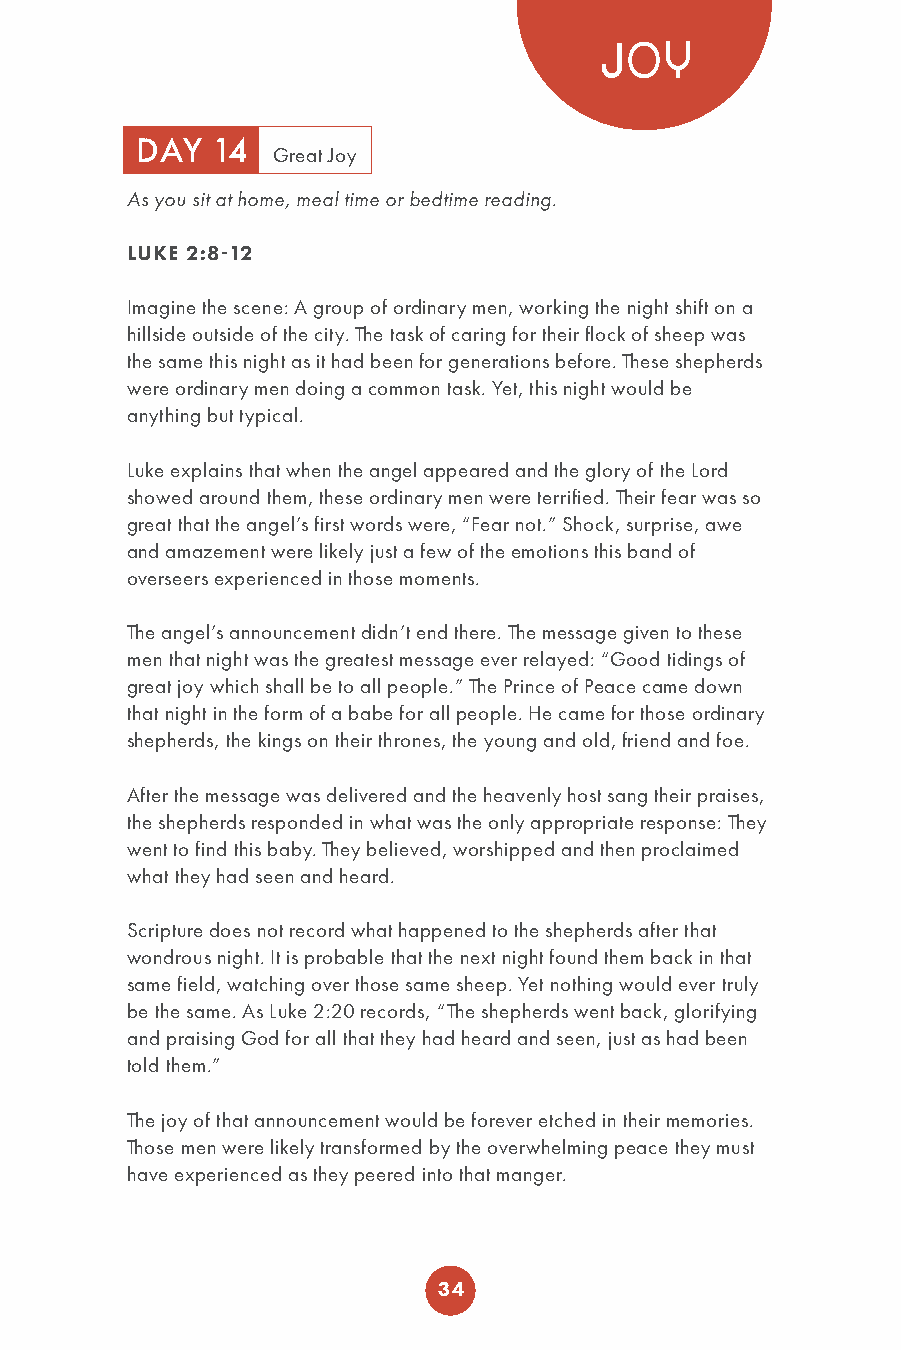
JOY
 DAY  14
 Great Joy
 As you sit at home, meal time or bedtime reading.
 LUKE 2:8-12
 Imagine the scene: A group of ordinary men, working the night shift on a
 hillside outside of the city. The task of caring for their flock of sheep was
 the same this night as it had been for generations before. These shepherds
 were ordinary men doing a common task. Yet, this night would be
 anything but typical.
 Luke explains that when the angel appeared and the glory of the Lord
 showed around them, these ordinary men were terrified. Their fear was so
 great that the angel’s first words were, “Fear not.” Shock, surprise, awe
 and amazement were likely just a few of the emotions this band of
 overseers experienced in those moments.
 The angel’s announcement didn’t end there. The message given to these
 men that night was the greatest message ever relayed: “Good tidings of
 great joy which shall be to all people.” The Prince of Peace came down
 that night in the form of a babe for all people. He came for those ordinary
 shepherds, the kings on their thrones, the young and old, friend and foe.
 After the message was delivered and the heavenly host sang their praises,
 the shepherds responded in what was the only appropriate response: They
 went to find this baby. They believed, worshipped and then proclaimed
 what they had seen and heard.
 Scripture does not record what happened to the shepherds after that
 wondrous night. It is probable that the next night found them back in that
 same field, watching over those same sheep. Yet nothing would ever truly
 be the same. As Luke 2:20 records, “The shepherds went back, glorifying
 and praising God for all that they had heard and seen, just as had been
 told them.”
 The joy of that announcement would be forever etched in their memories.
 Those men were likely transformed by the overwhelming peace they must
 have experienced as they peered into that manger.
 34